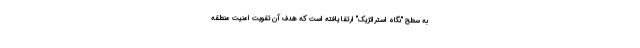
به سطح "نگاه استراتژیک" ارتقا یافته است که هدف آن تقویت امنیت منطقه